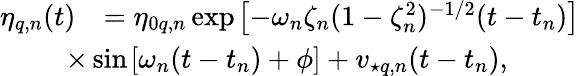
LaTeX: \begin{array}{rl}{\eta_{q,n}(t)}&{=\eta_{0q,n}\exp\! \; \! \left[{-\omega_{n}\zeta_{n}(1-\zeta_{n}^{2})^{-1/2}(t-t_{n})}\right]}\\ &{\! \! \! \! \! \! \! \! \times\sin\! \; \! \left[\omega_{n}(t-t_{n})+\phi\right]+v_{\star q,n}(t-t_{n}),}\end{array}